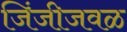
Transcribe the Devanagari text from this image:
जिंजीजवळ